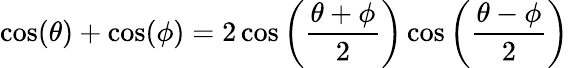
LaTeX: \cos(\theta)+\cos(\phi)=2\cos\left(\frac{\theta+\phi}{2}\right)\cos\left(\frac{\theta-\phi}{2}\right)